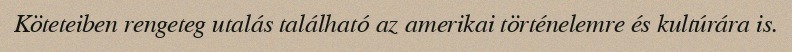
Köteteiben rengeteg utalás található az amerikai történelemre és kultúrára is.